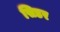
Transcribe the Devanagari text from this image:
सिडर